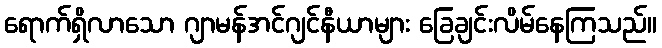
ရောက်ရှိလာသော ဂျာမန်အင်ဂျင်နီယာများ ခြေချင်းလိမ်နေကြသည်။